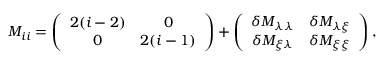
M _ { i i } = \left( \begin{array} { c c } { { 2 ( i - 2 ) } } & { { 0 } } \\ { { 0 } } & { { 2 ( i - 1 ) } } \end{array} \right) + \left( \begin{array} { c c } { { \delta M _ { \lambda \lambda } } } & { { \delta M _ { \lambda \xi } } } \\ { { \delta M _ { \xi \lambda } } } & { { \delta M _ { \xi \xi } } } \end{array} \right) ,